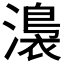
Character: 𭲰